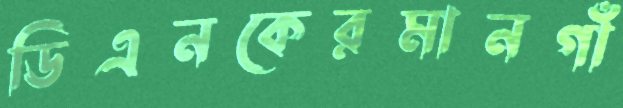
ডিএনকেরমানগাঁ